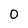
Character: 0